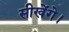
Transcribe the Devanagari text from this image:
सीखेंगे।